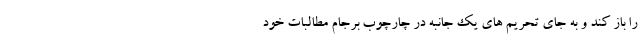
را باز کند و به جای تحریم های یک جانبه در چارچوب برجام مطالبات خود